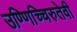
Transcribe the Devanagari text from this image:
उण्णिच्चिरुतेवी